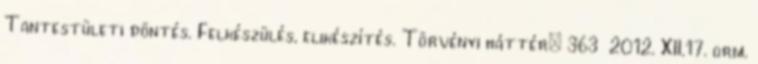
Tantestületi döntés. Felkészülés, elıkészítés. Törvényi háttér: 363 2012. XII.17. orm.